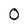
Character: 0